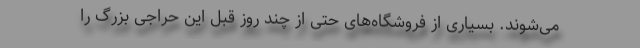
می‌شوند. بسیاری از فروشگاه‌های حتی از چند روز قبل این حراجی بزرگ را